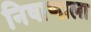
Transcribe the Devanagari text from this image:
निषाणाला